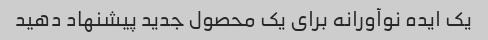
یک ایده نوآورانه برای یک محصول جدید پیشنهاد دهید